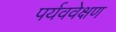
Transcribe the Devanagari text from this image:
पर्यववेक्षण